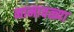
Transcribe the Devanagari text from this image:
नामावळ्या